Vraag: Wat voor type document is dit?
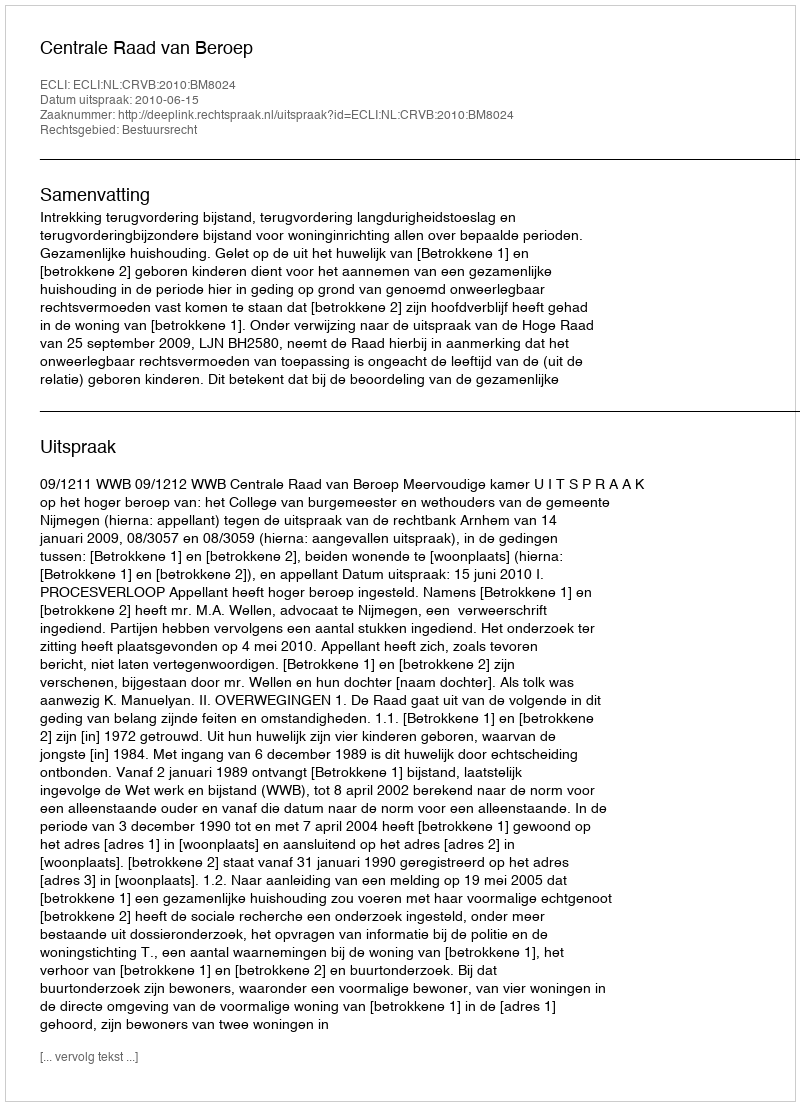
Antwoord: Uitspraak